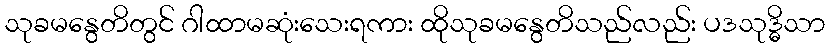
သုခမနွေတိတွင် ဂါထာမဆုံးသေးရကား ထိုသုခမနွေတိသည်လည်း ပဒသုဒ္ဓိသာ